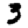
Digit: 3